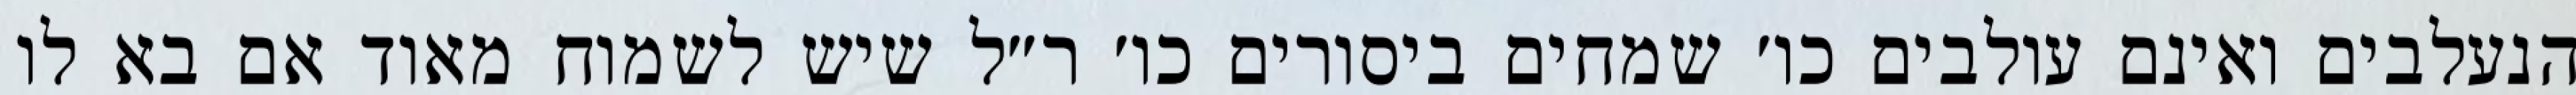
הנעלבים ואינם עולבים כו׳ שמחים ביסורים כו׳ ר״ל שיש לשמוח מאוד אם בא לו